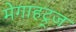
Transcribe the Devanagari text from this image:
मेगाहट्र्ज